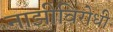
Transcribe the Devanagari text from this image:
नाझीविरोधी